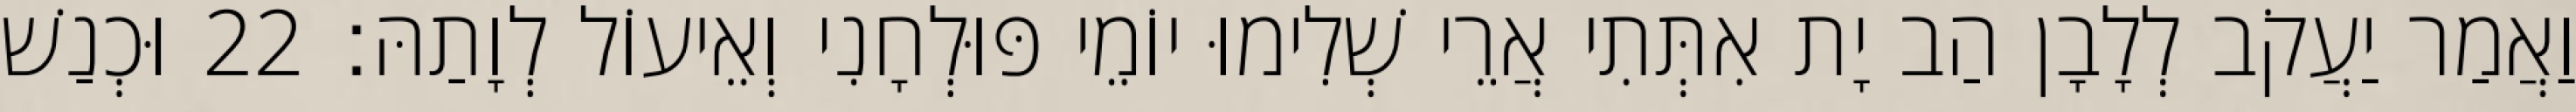
וַאֲמַר יַעֲקֹב לְלָבָן הַב יָת אִתְּתִי אֲרֵי שְׁלִימוּ יוֹמֵי פּוּלְחָנִי וְאֵיעוֹל לְוָתַהּ׃ 22 וּכְנַשׁ